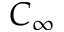
C _ { \infty }